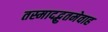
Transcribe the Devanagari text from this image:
तस्मादद्भुतमेवाह